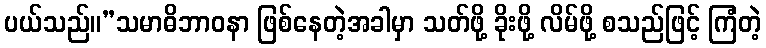
ပယ်သည်။”သမာဓိဘာဝနာ ဖြစ်နေတဲ့အခါမှာ သတ်ဖို့ ခိုးဖို့ လိမ်ဖို့ စသည်ဖြင့် ကြံတဲ့